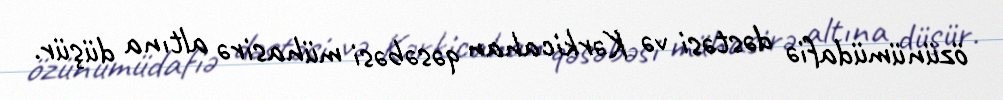
özünümüdafiə dəstəsi və Kərkicahan qəsəbəsi mühasirə altına düşür.